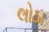
લોઠા